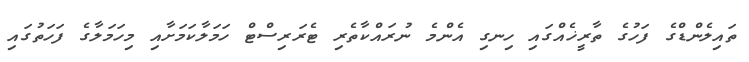
ތައިލެންޑްގެ ފަހުގެ ތާރީޚެއްގައި ހިނގި އެންމެ ނުރައްކާތެރި ޓެރަރިސްޓް ހަމަލާކަމަށާއި މިހަމަލާގެ ފަހަތުގައި